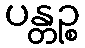
ပန္တဉ္စ